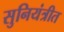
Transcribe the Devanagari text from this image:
सुनियंत्रीत